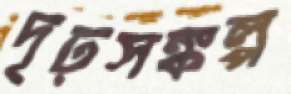
দৃঢ়সঙ্কল্প